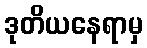
ဒုတိယနေရာမှ